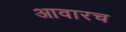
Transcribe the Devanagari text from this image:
आवारच